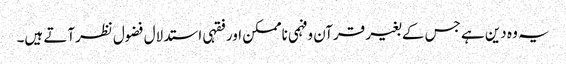
یہ وہ دین ہے جس کے بغیر قرآن وفہمی ناممکن اور فقہی استدلال فضول نظرآتے ہیں۔